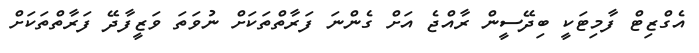
އެގްޒިޓް ފާމިޓަކީ ބިދޭސީން ރާއްޖެ އަށް ގެންނަ ފަރާތްތަކަށް ނުވަތަ ވަޒީފާދޭ ފަރާތްތަކަށް